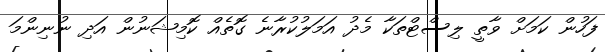
ފަހުން ކަމަށް ވާތީ ލިސްޓްތަކާ މެދު އަމަލުކުރާނެ ގޮތެއް ކޮމިޝަނުން އަދި ނުނިންމަ